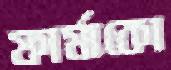
ফার্মাকো